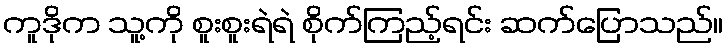
ကူဒိုက သူ့ကို စူးစူးရဲရဲ စိုက်ကြည့်ရင်း ဆက်ပြောသည်။